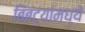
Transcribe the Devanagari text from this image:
बिबट्यांमध्ये